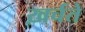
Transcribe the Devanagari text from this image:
ख़र्चते